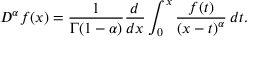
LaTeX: D ^ { \alpha } f ( x ) = { \frac { 1 } { \Gamma ( 1 - \alpha ) } } { \frac { d } { d x } } \int _ { 0 } ^ { x } { \frac { f ( t ) } { \left( x - t \right) ^ { \alpha } } } \, d t .